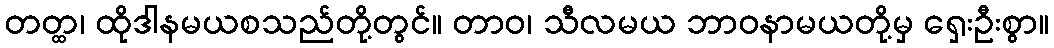
တတ္ထ၊ ထိုဒါနမယစသည်တို့တွင်။ တာဝ၊ သီလမယ ဘာဝနာမယတို့မှ ရှေးဦးစွာ။